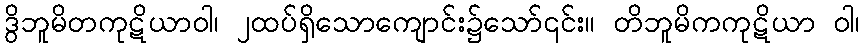
ဒွိဘူမိတကုဋိယာဝါ၊ ၂ထပ်ရှိသောကျောင်း၌သော်၎င်း။ တိဘူမိကကုဋိယာ ဝါ၊